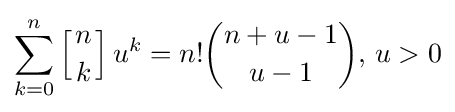
\sum _{k=0}^{n}\left[{n \atop k}\right]u^{k}=n!{\binom {n+u-1}{u-1}},\,u>0